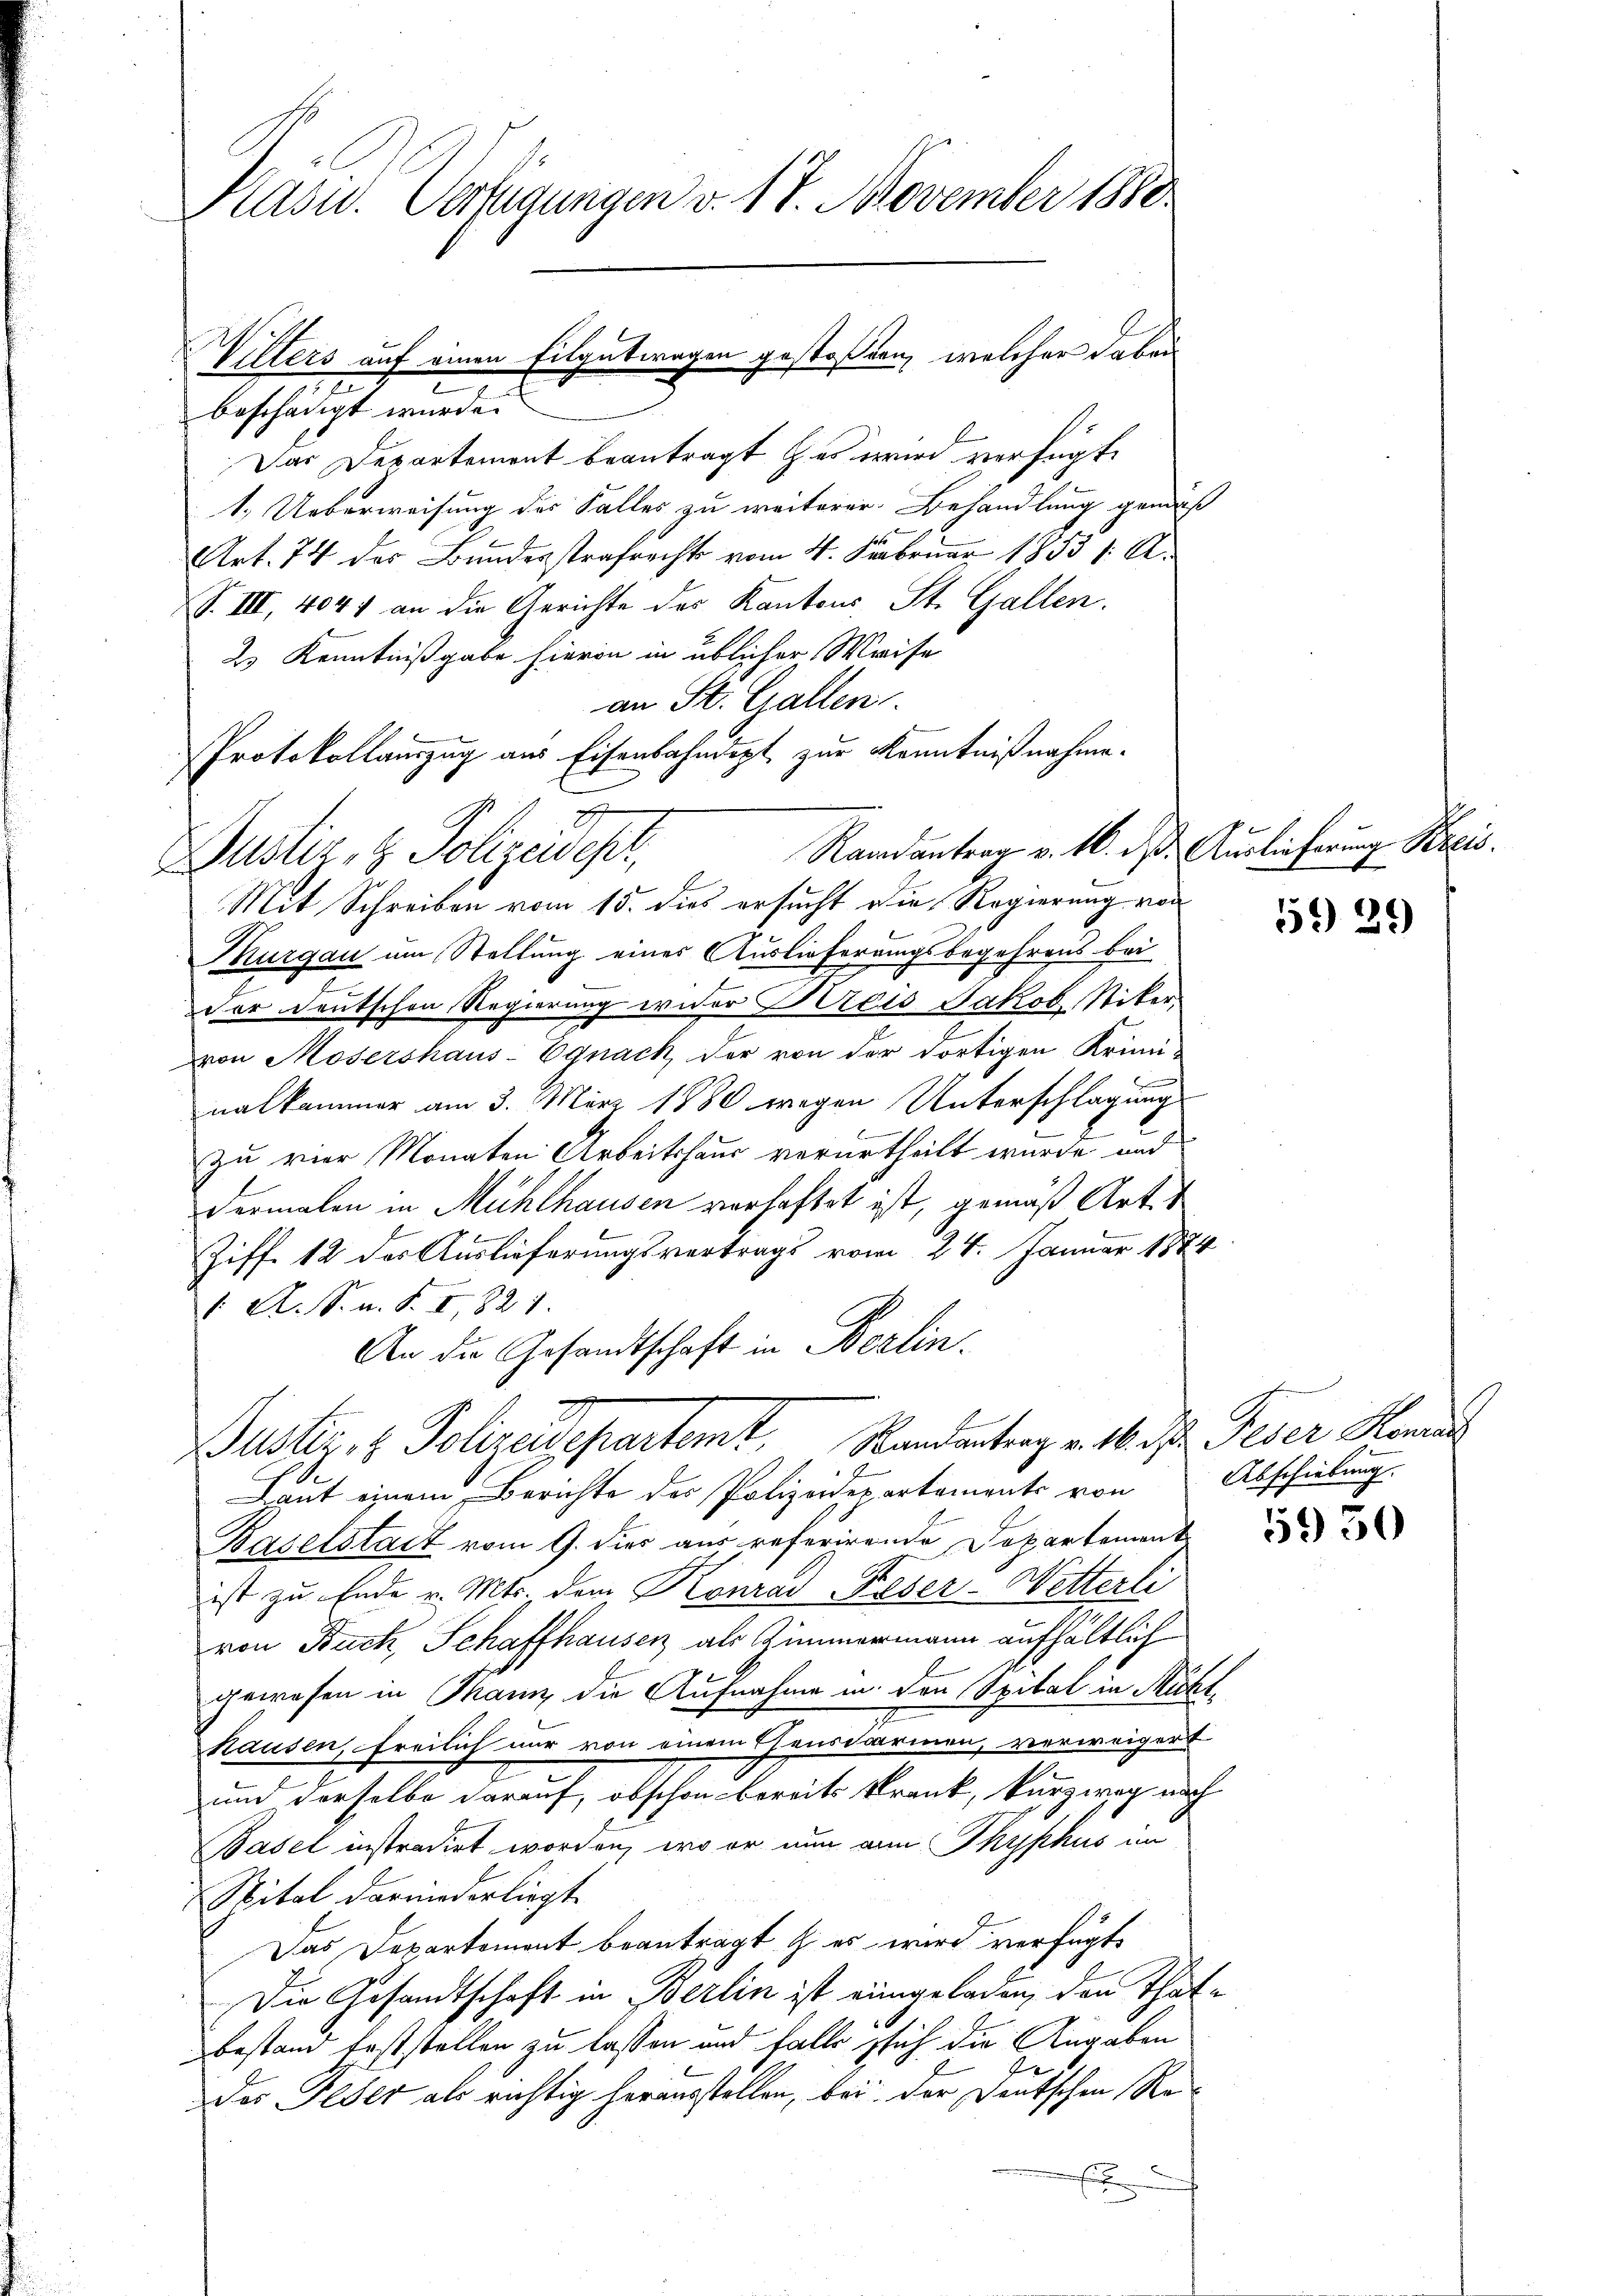
Präsid. Verfügungen v. 17. November 1880

beschädigt wurde.
Das Departement beantragt es wird verfügt
1. Ueberweisung des Falles zu weiterer Behandlung gemäß
Art. 74 des Bundesstrafrechts vom 4. Februar 1853 1. A.
S. III, 4041 an die Gerichte des Kantons St. Gallen.
2s Kenntnißgabe hievon in üblicher Weise
an St. Gallen.
Randantrag v. 16. ds. Auslieferung Kreis.
Mit Schreiben vom 15. dies ersucht die Regierung von
Thurgau um Stellung eines Auslieferungsbegehrens bei
e
vor deutschen Regierung wider Kreis Jakob Niker,
ron Mosershaus-Egnack, der von der dortigen Kriminalkammer am 3. März 1880 wegen Unterschlagung
zu vier Monaten Arbeitshaus verurtheilt wurde und
dermalen in Mühlhausen verhaftet ist, gemäß Arte
Ziff. 12 des Auslieferungsvertrags vom 24. Januar 1884
1. A. S. n. F. I, 821.
C
An die Gesandtschaft in Berlin.
Buster, 1 Polizeidepartemt, Randantrag v. 16. d. Geser Hands
Laut einem Berichte der Polizeidepartements von Abschiebung.
Baselstadt vom 9. dies aus referirende Departement
ist zu Ende v. Mts. dem Konrad Keser-Wetterli
von Buch, Schaffhausen als Zimmermann aufhältlich
gewesen in Manz die Aufnahme in den Spital in Richthausen, Freilich nur von einem Gensdarmen, verweigert
und derselbe darauf, obschon bereits krank, kurzweg nach
Basel instradirt worden, wo er nun au Thyphus im
Spital darniederliegt.
Das Departement beantragt & es wird verfügt,
Die Gesandtschaft in Berlin ist eingeladen, den That-
bestand feststellen zu lassen und falls sich die Angaben
J
das Feder als richtig herausstellen, bei der Deutschen Re¬
E

Wilters auf einen Eilgutwagen gestoßen, welcher dabei
e

Protokollauszug aus Eisenbahndept zur Kenntnißnahme.
Justiz- & Polizeidepr

51) 29

5950